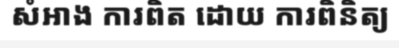
សំអាង ការពិត ដោយ ការពិនិត្យ